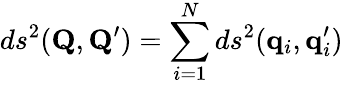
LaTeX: ds^{2}(\mathbf{Q},\mathbf{Q}^{\prime})=\sum_{i=1}^{N}ds^{2}(\mathbf{q}_{i},\mathbf{q}_{i}^{\prime})